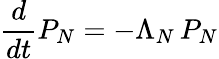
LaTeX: {\frac{d}{dt}}P_{N}=-\Lambda_{N}\, P_{N}